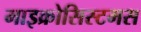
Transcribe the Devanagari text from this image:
माइक्रोसिस्टमस